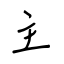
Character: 主